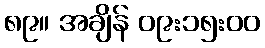
၈၉။ အချိန် ၀၉:၁၅:၀၀